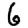
Digit: 6